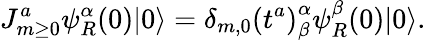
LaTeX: J_{m\ge 0}^{a}\psi_{R}^{\alpha}(0)|0\rangle=\delta_{m,0}\left(t^{a}\right)_{\beta}^{\alpha}\psi_{R}^{\beta}(0)|0\rangle.